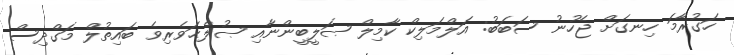
ހަގުރާމަ ހިނގަށް ޖެހުނު ސަބަބު: އަލްމަލިކް ކާމިލް ޞަލީބީންނާއި ޞުލްޙަވެރިވެ ބައިތުލް މަގްދިސް